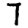
Digit: 7